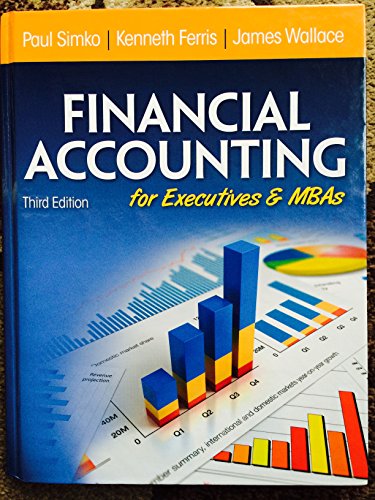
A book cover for Financial Accounting for Executives and MBAs; Paul J. Simko; Business & Money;